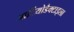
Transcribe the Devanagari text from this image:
आर्टियोडैक्टाइला